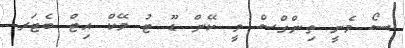
ސޯ މެނީ ތިންގްސް ވީ ކޭން ޑޫ ޓު މޭކް އިޓް ބެޓަރ